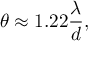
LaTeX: \theta \approx 1 . 2 2 { \frac { \lambda } { d } } ,